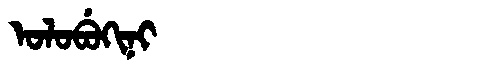
Manchu: ᠣᠯᠣᠪᡠᡴᡳᠨᡳ
Romanization: OLOBUKINI